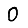
Digit: 0